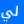
لي